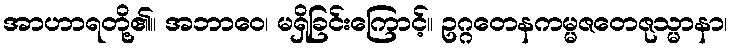
အာဟာရတို့၏။ အဘာဝေ၊ မရှိခြင်းကြောင့်။ ဥဂ္ဂတေနကမ္မဇတေဇုသ္မာနာ၊